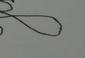
Signature authenticity: forged